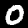
Digit: 0